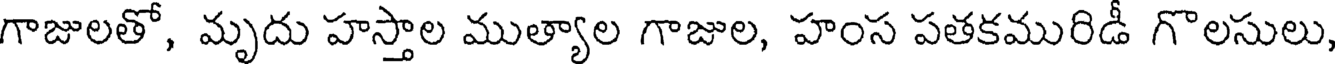
గాజులతో, మృదు హస్తాల ముత్యాల గాజుల, హంస పతకమురిడీ గొలసులు,